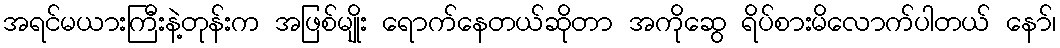
အရင်မယားကြီးနဲ့တုန်းက အဖြစ်မျိုး ရောက်နေတယ်ဆိုတာ အကိုဆွေ ရိပ်စားမိလောက်ပါတယ် နော်၊